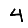
Digit: 4